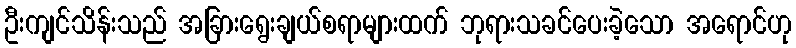
ဦးကျင်သိန်းသည် အခြားရွေးချယ်စရာများထက် ဘုရားသခင်ပေးခဲ့သော အရောင်ဟု